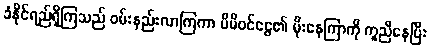
ခံနိုင်ရည်ရှိကြသည် ဝမ်းနည်းလာကြကာ မိမိဝင်ငွေ၏ မိုးနေကြာကို ကူညီနေပြီး